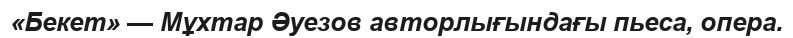
«Бекет» — Мұхтар Әуезов авторлығындағы пьеса, опера.